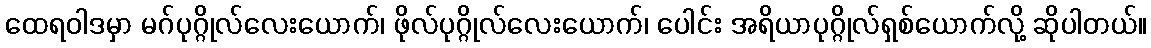
ထေရဝါဒမှာ မဂ်ပုဂ္ဂိုလ်လေးယောက်၊ ဖိုလ်ပုဂ္ဂိုလ်လေးယောက်၊ ပေါင်း အရိယာပုဂ္ဂိုလ်ရှစ်ယောက်လို့ ဆိုပါတယ်။